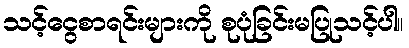
သင့်ငွေစာရင်းများကို စုပုံခြင်းမပြုသင့်ပါ။